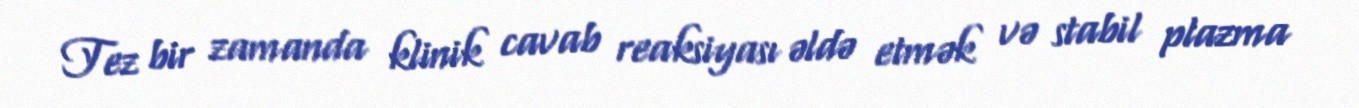
Tez bir zamanda klinik cavab reaksiyası əldə etmək və stabil plazma